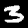
Digit: 3